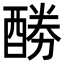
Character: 𮠲